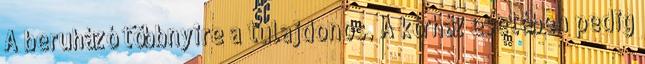
A beruházó többnyire a tulajdonos. A kórház esetében pedig